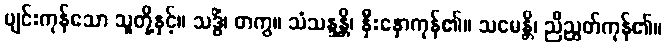
ပျင်းကုန်သော သူတို့နှင့်။ သဒ္ဓိံ၊ တကွ။ သံသန္ဒန္တိ၊ နှီးနှောကုန်၏။ သမေန္တိ၊ ညီညွတ်ကုန်၏။